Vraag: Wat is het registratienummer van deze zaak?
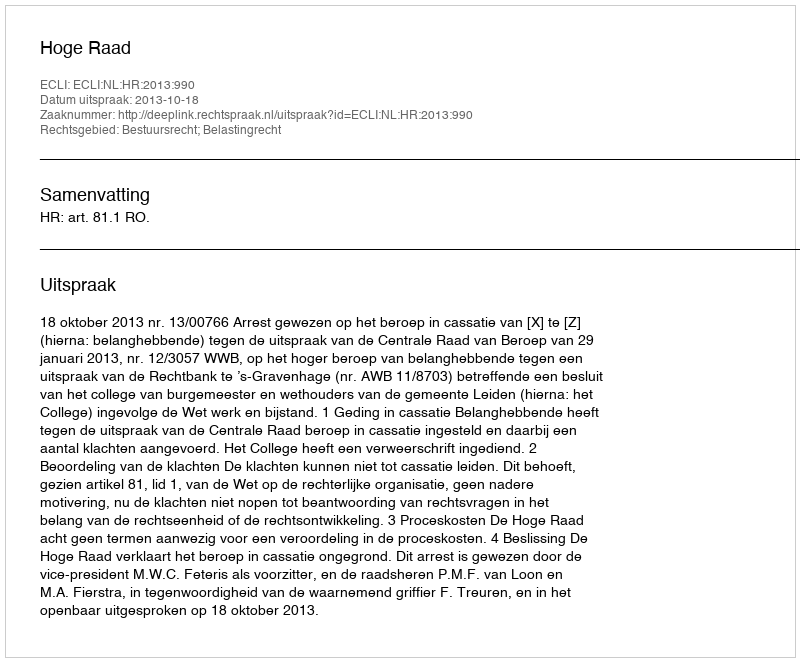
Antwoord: http://deeplink.rechtspraak.nl/uitspraak?id=ECLI:NL:HR:2013:990